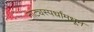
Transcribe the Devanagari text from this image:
नाट्यस्पर्धांमधून